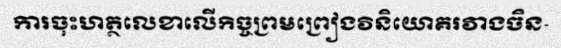
ការចុះហត្ថលេខាលើកិច្ចព្រមព្រៀងវិនិយោគរវាងចិន-